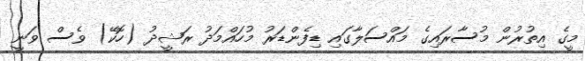
މީގެ އިތުރުން މުސާރައިގެ މައްސަލާގައި ޑިފެންޑަރު މުހައްމަދު ރަޝީދު (ހޮކޭ) ވެސް ވަނީ